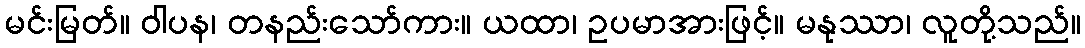
မင်းမြတ်။ ဝါပန၊ တနည်းသော်ကား။ ယထာ၊ ဥပမာအားဖြင့်။ မနုဿာ၊ လူတို့သည်။